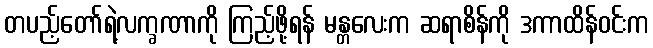
တပည့်တော်ရဲ့လက္ခဏာကို ကြည့်ဖို့ရန် မန္တလေးက ဆရာစိန်ကို ဒကာထိန်ဝင်းက